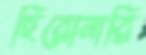
হিরোনারি